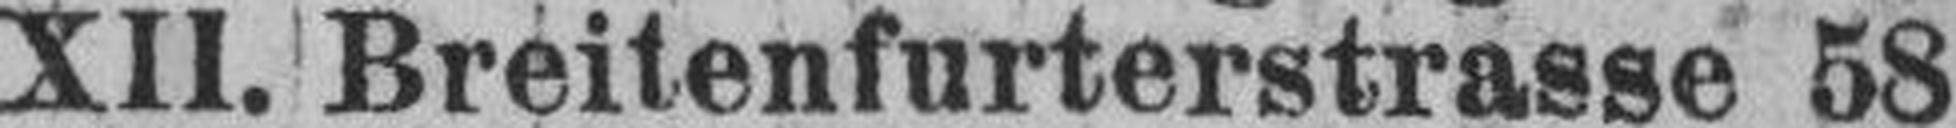
XII. Breitenfurterstrasse 58